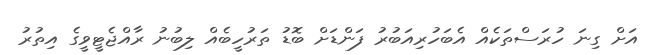
އަށް ގިނަ ހުރަސްތަކެއް އެބަހުރިއަބުރު ފަންޑަށް ބޮޑު ތަރުހީބެއް ލިބުނު ރާއްޖެޓީވީގެ އިތުރު